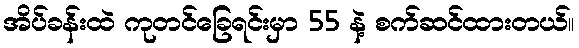
အိပ်ခန်းထဲ ကုတင်ခြေရင်းမှာ 55 နဲ့ စက်ဆင်ထားတယ်။